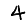
Digit: 4